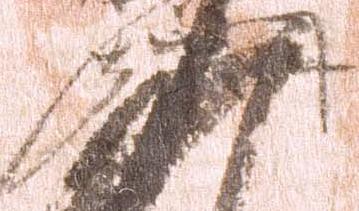
朝